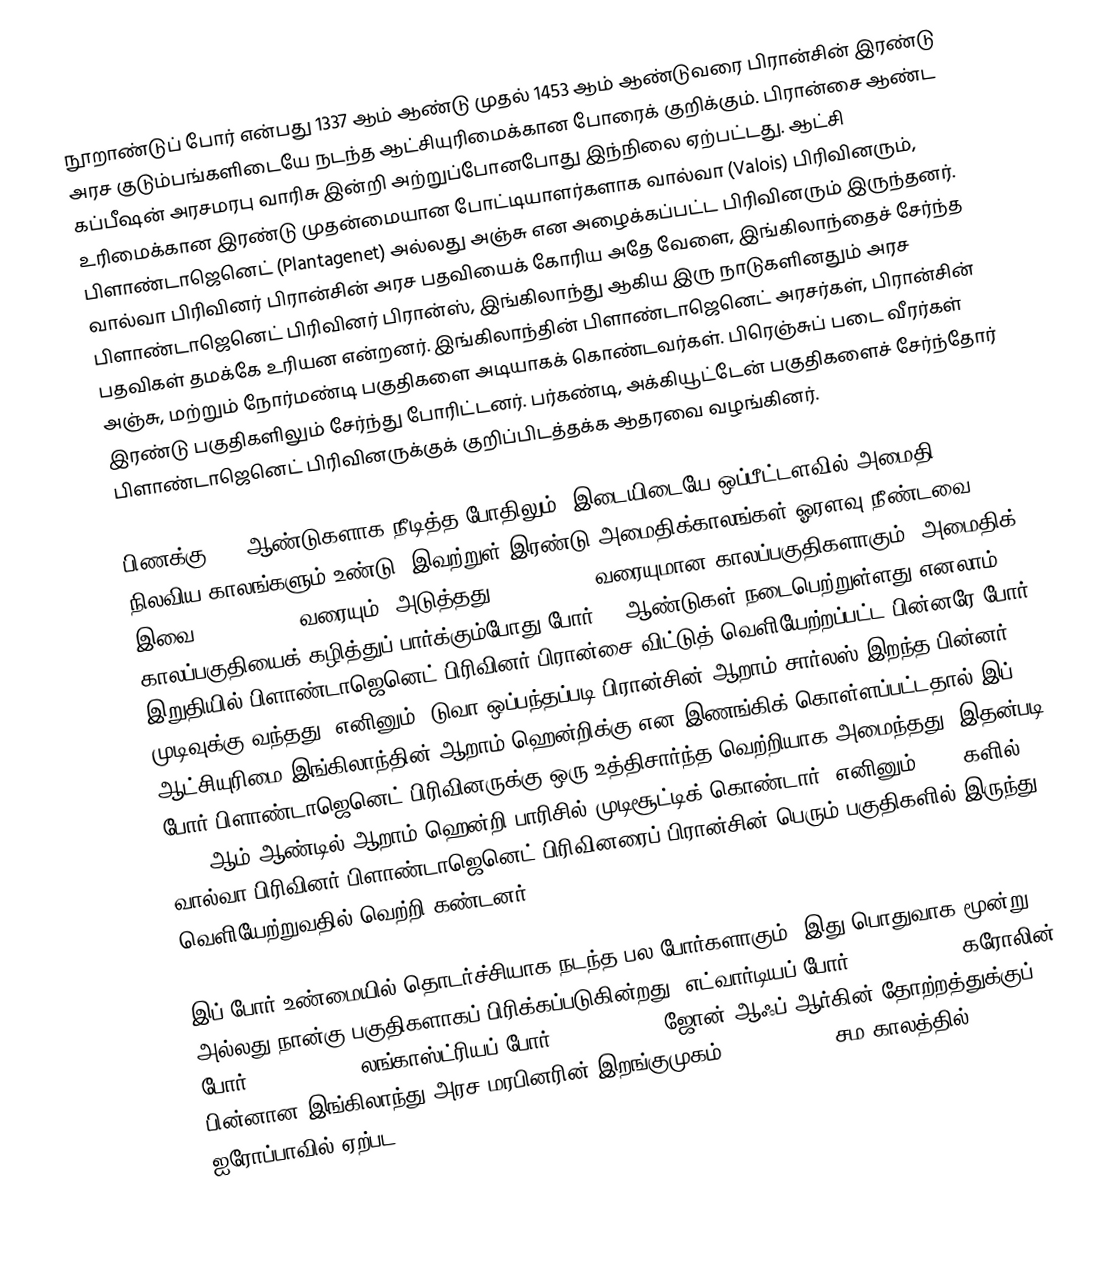
நூறாண்டுப் போர் என்பது 1337 ஆம் ஆண்டு முதல் 1453 ஆம் ஆண்டுவரை பிரான்சின் இரண்டு அரச குடும்பங்களிடையே நடந்த ஆட்சியுரிமைக்கான போரைக் குறிக்கும். பிரான்சை ஆண்ட கப்பீஷன் அரசமரபு வாரிசு இன்றி அற்றுப்போனபோது இந்நிலை ஏற்பட்டது. ஆட்சி உரிமைக்கான இரண்டு முதன்மையான போட்டியாளர்களாக வால்வா (Valois) பிரிவினரும், பிளாண்டாஜெனெட் (Plantagenet) அல்லது அஞ்சு என அழைக்கப்பட்ட பிரிவினரும் இருந்தனர். வால்வா பிரிவினர் பிரான்சின் அரச பதவியைக் கோரிய அதே வேளை, இங்கிலாந்தைச் சேர்ந்த பிளாண்டாஜெனெட் பிரிவினர் பிரான்ஸ், இங்கிலாந்து ஆகிய இரு நாடுகளினதும் அரச பதவிகள் தமக்கே உரியன என்றனர். இங்கிலாந்தின் பிளாண்டாஜெனெட் அரசர்கள், பிரான்சின் அஞ்சு, மற்றும் நோர்மண்டி பகுதிகளை அடியாகக் கொண்டவர்கள். பிரெஞ்சுப் படை வீரர்கள் இரண்டு பகுதிகளிலும் சேர்ந்து போரிட்டனர். பர்கண்டி, அக்கியூட்டேன் பகுதிகளைச் சேர்ந்தோர் பிளாண்டாஜெனெட் பிரிவினருக்குக் குறிப்பிடத்தக்க ஆதரவை வழங்கினர்.

பிணக்கு 116 ஆண்டுகளாக நீடித்த போதிலும், இடையிடையே ஒப்பீட்டளவில் அமைதி நிலவிய காலங்களும் உண்டு. இவற்றுள் இரண்டு அமைதிக்காலங்கள் ஓரளவு நீண்டவை. இவை 1360 - 1369 வரையும், அடுத்தது 1389 - 1415 வரையுமான காலப்பகுதிகளாகும். அமைதிக் காலப்பகுதியைக் கழித்துப் பார்க்கும்போது போர் 81 ஆண்டுகள் நடைபெற்றுள்ளது எனலாம். இறுதியில் பிளாண்டாஜெனெட் பிரிவினர் பிரான்சை விட்டுத் வெளியேற்றப்பட்ட பின்னரே போர் முடிவுக்கு வந்தது. எனினும், டுவா ஒப்பந்தப்படி பிரான்சின் ஆறாம் சார்லஸ் இறந்த பின்னர் ஆட்சியுரிமை இங்கிலாந்தின் ஆறாம் ஹென்றிக்கு என இணங்கிக் கொள்ளப்பட்டதால் இப் போர் பிளாண்டாஜெனெட் பிரிவினருக்கு ஒரு உத்திசார்ந்த வெற்றியாக அமைந்தது. இதன்படி 1431 ஆம் ஆண்டில் ஆறாம் ஹென்றி பாரிசில் முடிசூட்டிக் கொண்டார். எனினும், 1450களில், வால்வா பிரிவினர் பிளாண்டாஜெனெட் பிரிவினரைப் பிரான்சின் பெரும் பகுதிகளில் இருந்து வெளியேற்றுவதில் வெற்றி கண்டனர்.

இப் போர் உண்மையில் தொடர்ச்சியாக நடந்த பல போர்களாகும். இது பொதுவாக மூன்று அல்லது நான்கு பகுதிகளாகப் பிரிக்கப்படுகின்றது. எட்வார்டியப் போர் (1337-1360), கரோலின் போர் (1369-1389), லங்காஸ்ட்ரியப் போர் (1415-1429), ஜோன் ஆஃப் ஆர்கின் தோற்றத்துக்குப் பின்னான இங்கிலாந்து அரச மரபினரின் இறங்குமுகம் (1412-1431). சம காலத்தில் ஐரோப்பாவில் ஏற்பட